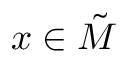
x \in \tilde { M }